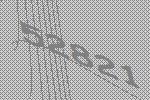
52821